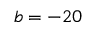
b = - 2 0